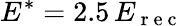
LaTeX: E^{*}=2.5\, E_{\mathrm{~r~e~c~}}